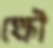
ক্ষৌ